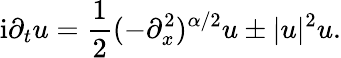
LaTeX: \mathrm{i}\partial_{t}u=\frac{1}{2}(-\partial_{x}^{2})^{\alpha/2}u\pm|u|^{2}u.